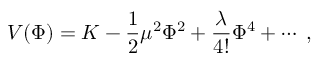
V ( \Phi ) = K - \frac 1 2 \mu ^ { 2 } \Phi ^ { 2 } + \frac { \lambda } { 4 ! } \Phi ^ { 4 } + \cdots \; ,